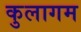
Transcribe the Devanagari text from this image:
कुलागम